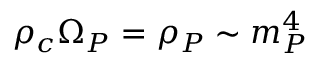
\rho _ { c } \Omega _ { P } = \rho _ { P } \sim m _ { P } ^ { 4 }